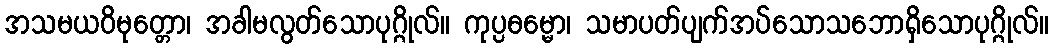
အသမယဝိမုတ္တော၊ အခါမလွတ်သောပုဂ္ဂိုလ်။ ကုပ္ပဓမ္မော၊ သမာပတ်ပျက်အပ်သောသဘောရှိသောပုဂ္ဂိုလ်။